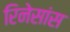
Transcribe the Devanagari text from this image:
रिनेसांस